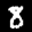
Label: 8